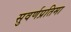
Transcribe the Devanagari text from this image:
सुवर्णप्रतिमा